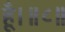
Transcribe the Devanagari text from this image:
हूँ।॥८॥